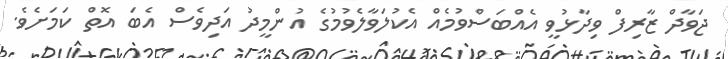
ޖަވާދް ޒާރިފް ވިދާޅުވީ އެއްބަސްވުމެއް އެކުލަވާލެވުމުގެ އުންމީދު އަދިވެސް އެބަ އޮތް ކަމަށެވެ.